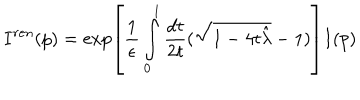
I ^ { r e n } ( p ) = \exp \left[ { \frac { 1 } { \epsilon } } \int _ { 0 } ^ { 1 } { \frac { d t } { 2 t } } ( \sqrt { 1 - 4 t { \hat { \lambda } } } - 1 ) \right] I ( p )